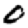
Digit: 0